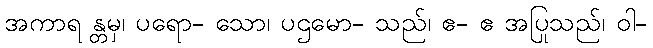
အကာရ န္တမှ၊ ပရော- သော၊ ပဌမော- သည်၊ ဧ- ဧ အပြုသည်၊ ဝါ-